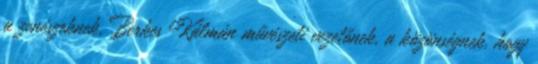
a zenészeknek, Berkes Kálmán művészeti vezetőnek, a közönségnek, hogy